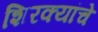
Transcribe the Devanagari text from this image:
शिरक्यांचे